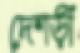
দেশড়ী